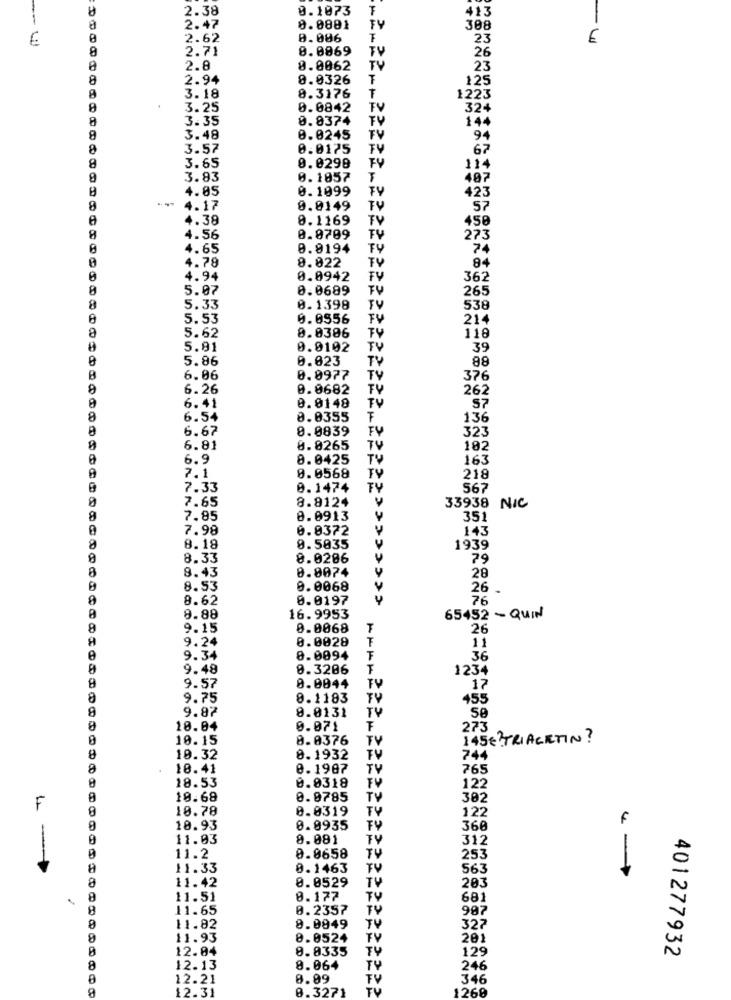
2.38
0.1073
F
413
--
2.47
0.0881
TY
308
2.62
0.006
23
-4
2.71
0.0869
TV
26
2.8
0.0062
TV
23
8
2.94
8.0326
125
3.18
8.3176
1223
3.25
0.0842
TV
324
8
3.35
0.0374
TY
144
8
3.48
0.0245
FV
94
8
3.57
0.0175
TV
67
8
3.65
0.0298
FY
114
9
3.83
0.1857
T
487
4.05
0.1099
TY
423
8
4.17
0.0149
57
4.38
0.1169
TV
458
8
4.56
0.8709
TV
273
4.65
0.8194
TY
4.79
8.022
TY
84
0
4.94
0.0942
FY
362
8
5.07
0.0689
265
8
5.33
0.1398
TV
538
5.53
0.0556
214
a
5.62
8.0306
118
5.91
0.0102
TV
39
5.86
0.023
TV
88
B
6.06
0.0977
376
9
6.26
0.0682
262
0.0148
6.41
S7
8
6.54
0.0355
F
136
6.67
0.0839
323
TU
6.81
0.8265
102
6.9
8.0425
163
7.1
0.0568
218
7.33
0.1474
567
7.65
8.8124
33938 NIC
8
7.85
0.0913
351
7.98
0.0372
143
8
8.18
9.5035
1939
8
8.33
8.0286
79
8
8.43
0.0074
28
8.53
0.0068
26 -
8.62
0.0197
4
76
8.88
16.9953
65452 - QUIN
8
9.15
0.0068
26
9.24
0.0028
F
11
9.34
8.0094
36
9.48
0.3206
1234
9.57
0.0044
TV
17
8
9.75
8.1183
TY
455
8
9.87
8.0131
TV
10.04
0.071
F
273
10.15
8.0376
TV
145€? TRIACETIN ?
8
10.32
0.1932
TV
744
18.41
0.1987
TV
765
18.53
FV
0.0318
122
10.68
0.0785
TV
302
F
10.78
0.0319
TY
122
F
9
10.93
0.0935
360
0
11.03
0.081
TY
312
11.2
0.0658
TV
253
-
8
11.33
0.1463
TV
563
0.0529
TV
8
11.42
203
.
8
11.51
0.177
TV
681
8
11.65
0.2357
TV
987
TV
8
11.82
8.0849
327
8
11.93
8.0524
TV
201
12.04
8.8335
TY
129
401277932
8
12.13
8.064
246
12.21
8.99
346
12.31
0.3271
1260